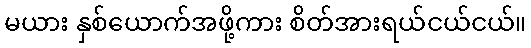
မယား နှစ်ယောက်အဖို့ကား စိတ်အားရယ်ငယ်ငယ်။